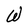
Character: W